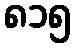
၈၁၅